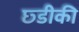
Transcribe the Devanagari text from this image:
छ्डीकी